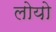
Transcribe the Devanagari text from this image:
लोयो